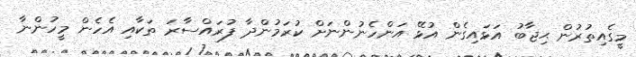
މީގެއިތުރުން ޙިޖާބު އަޅައިގެން އުޅޭ އަންހެނުންނަށް ކުރަމުންދާ ފުރައްސާރަ ތަކާއި އެހެން މީހުންނާ